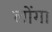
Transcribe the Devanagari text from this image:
लोंगा